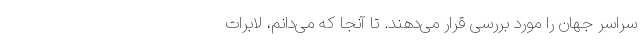
سراسر جهان را مورد بررسی قرار می‌دهند. تا آنجا که می‌دانم، لابرات